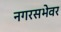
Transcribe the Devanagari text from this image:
नगरसभेवर